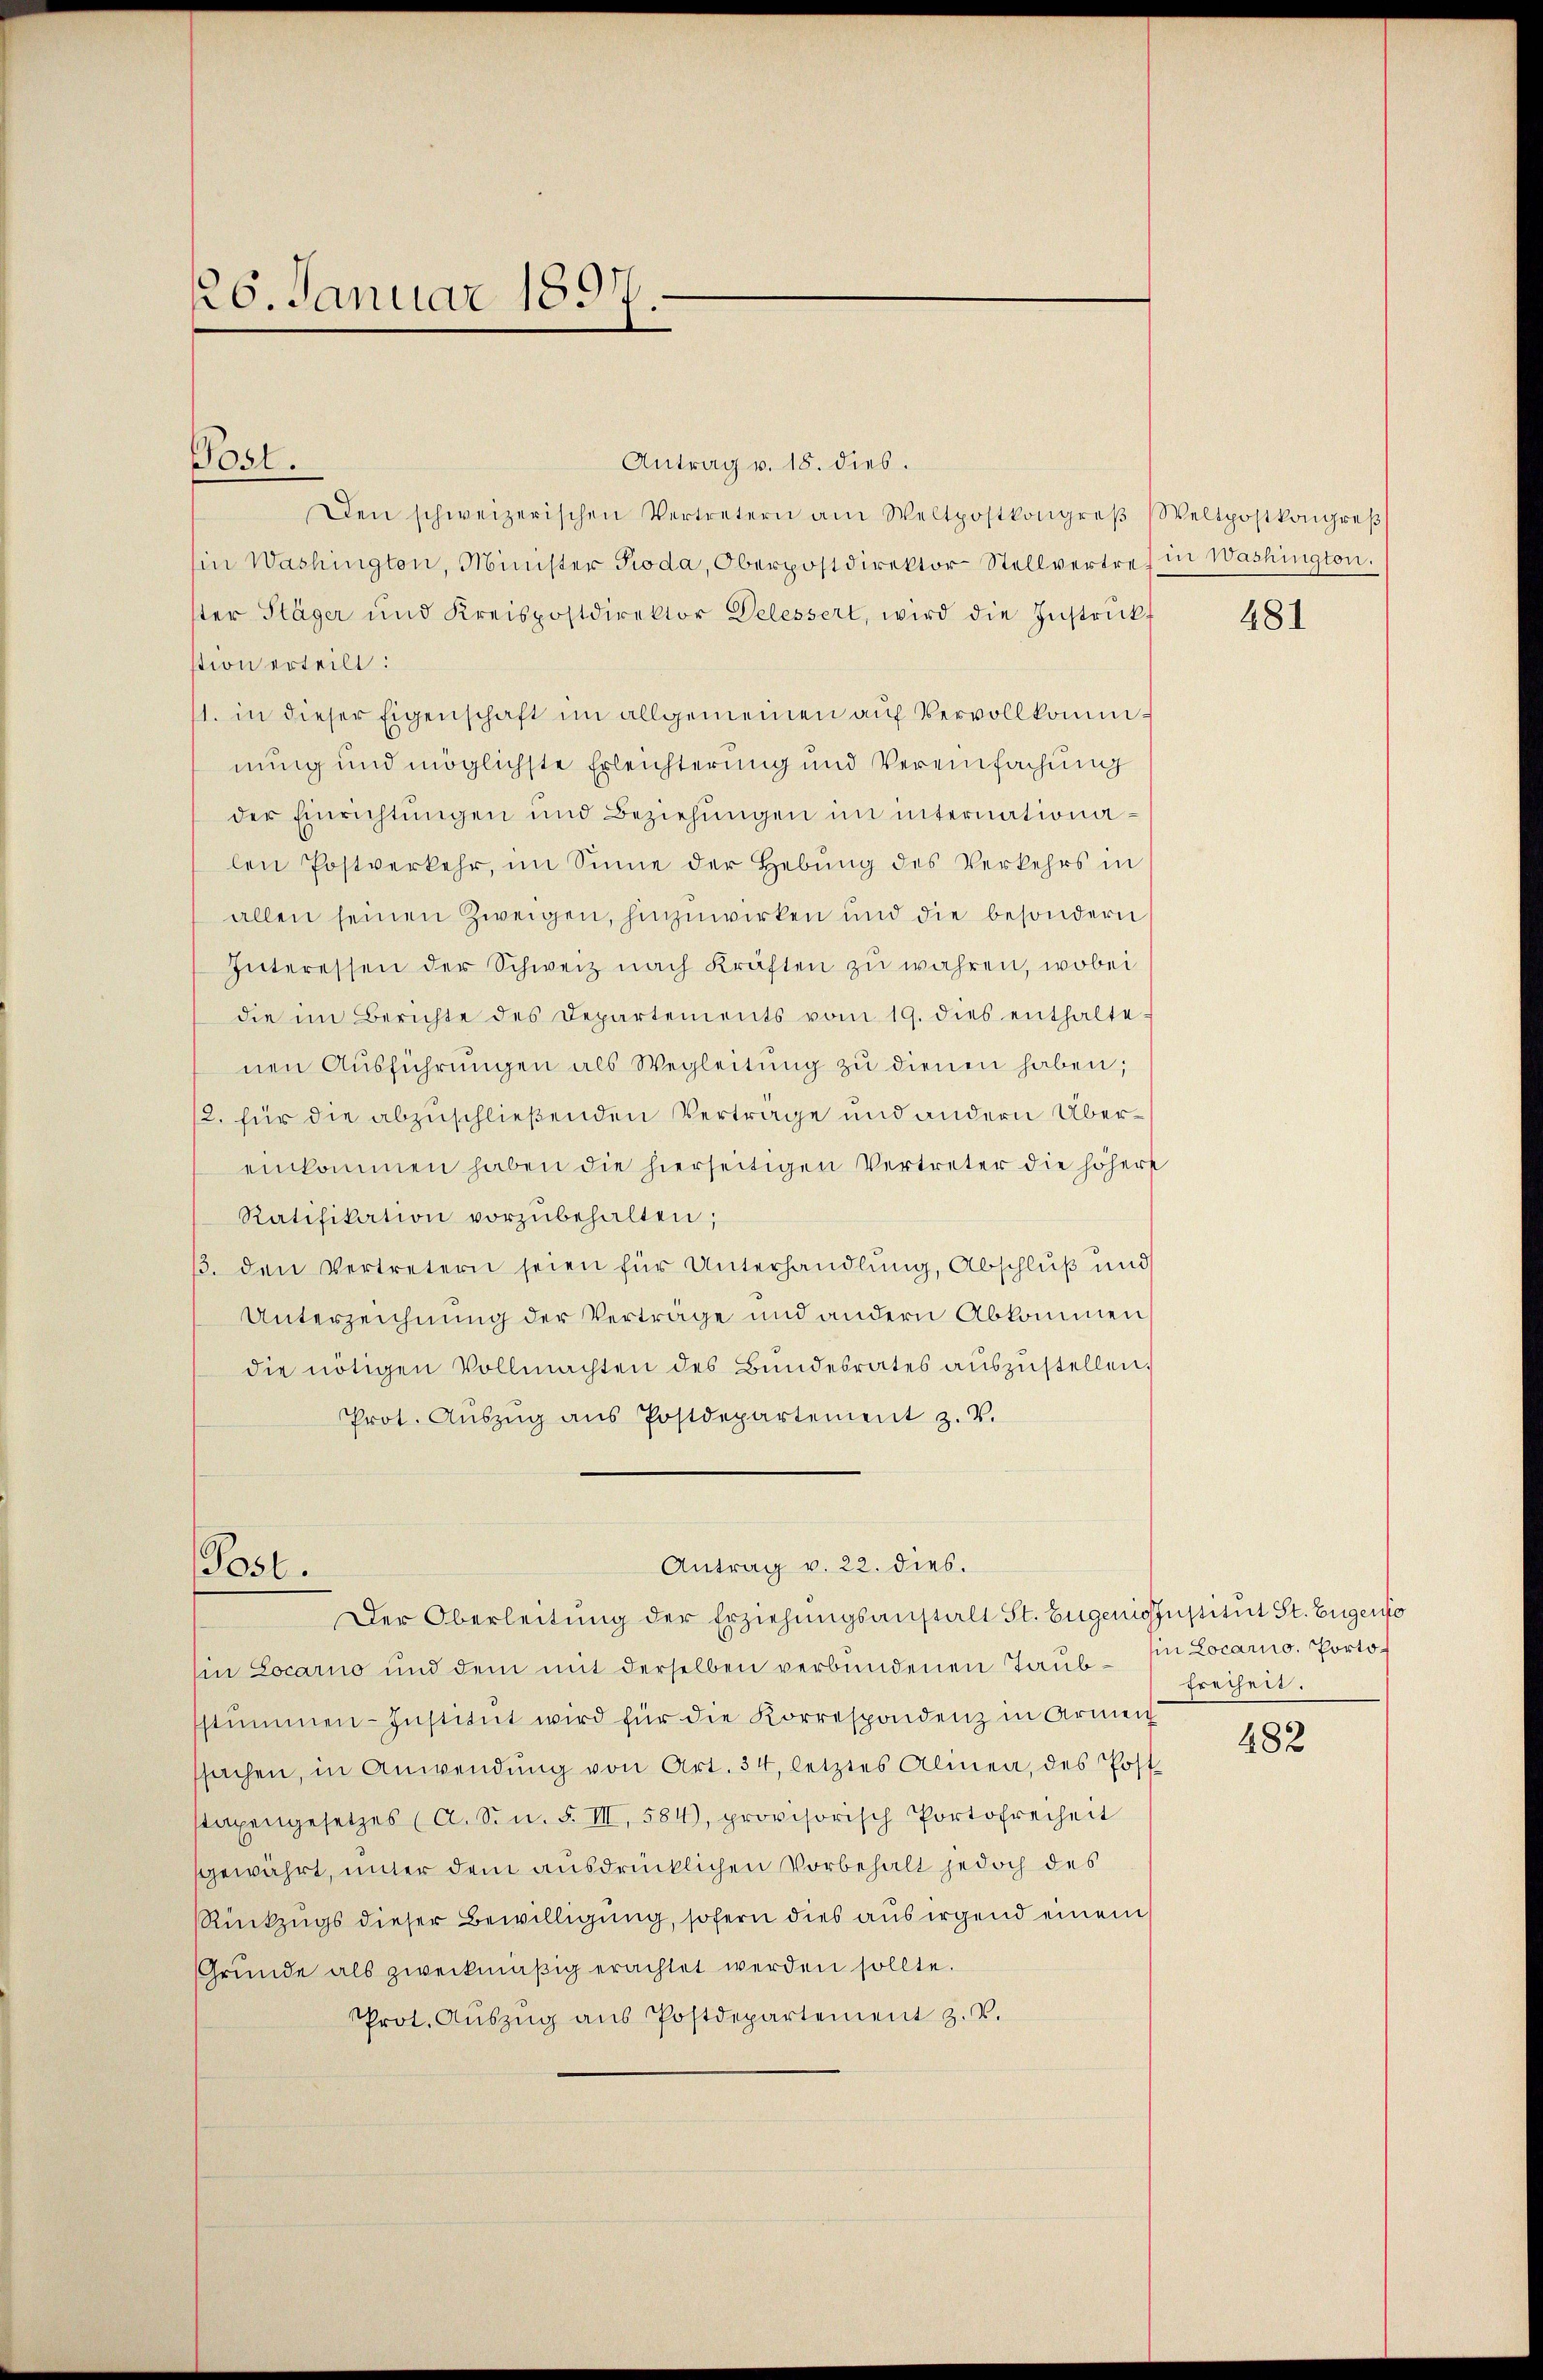
126. Januar 1897.
d

Antrag v. 18. dies.
Den schweizerischen Vertretern am Weltpostkongreβ (Weltpostkongreβ
in Washington, Minister Pioda, Oberpostdirektor Stellvertref in Washington.
ster Stäger und Kreispostdirektor Delessert, wird die Instrucks
stion erteilt:
11. in dieser Eigenschaft im allgemeinen auf Vervollkommnung und möglichste Erleichterung und Vereinfachung
der Einrichtungen und Beziehŭngen im internationalen Postverkehr, im Sinne der Hebŭng des Verkehrs in
allen seinen Zweigen, hinzuwirken und die besondern
Interessen der Schweiz nach Kräften zu wahren, wobei
die im Berichte des Departements vom 19. dies enthaltenen Aŭsführŭngen als Wegleitŭng zŭ dienen haben;
/2. für die abzuschließenden Vertrage und andern Übereinkommen haben die hierseitigen Vertreter die höhere
Ratifikation vorzŭbehalten;
/. den Vertretern seien für Unterhandlung, Abschluß und
Unterzeichnung der Verträge und andern Abkommen
die nötigen Vollmachten des Bŭndesrates aŭszŭstellen.
Prot. Aŭszŭg ans Postdepartement z. V.

Post.

Post.

in Locarno und dem mit derselben verbundenen Taub- in Locarno. Portostŭmmen-Institut wird für die Korrespondenz in Armen
sachen, in Anwendŭng von Art. 34, letztes Alinea, des Post-
staxengesetzes (A. S. n. F. III, 584), provisorisch Portofreiheit
gewährt, unter dem ausdrücklichen Vorbehalt jedoch des
Rückzugs dieser Bewilligung, sofern dies aus irgend einem
Grunde als zweckmäßig erachtet werden sollte.
Prot. Aŭszŭg aŭs Postdepartement z. V.

Antrag v. 22. dies.
Der Oberleitung der Erziehungsanstalt St. Eugenisfestitut St. Eugensio

481

Freiheit.

482